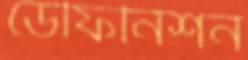
ডেফিনিশন